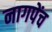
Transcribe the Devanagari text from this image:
नागपेंच